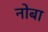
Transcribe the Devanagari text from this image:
नोबा